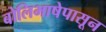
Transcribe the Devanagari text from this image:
बोलिभाषेपासून